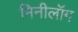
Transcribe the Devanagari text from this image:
मिनीलॉग